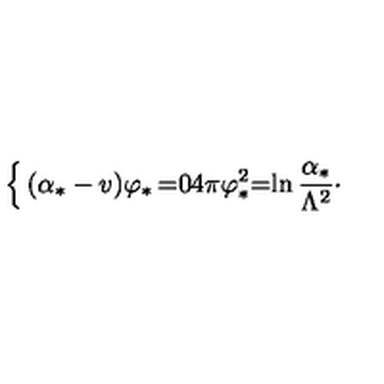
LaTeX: \left\{ \begin{matrix} { ( \alpha _ { * } - v ) \varphi _ { * } } & { = } & { 0 } \\ { 4 \pi \varphi _ { * } ^ { 2 } } & { = } & { \displaystyle \ln { \frac { \alpha _ { * } } { \Lambda ^ { 2 } } } \cdotp } \\ \end{matrix} \right.